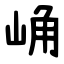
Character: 崅